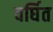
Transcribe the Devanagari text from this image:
वर्घित